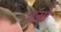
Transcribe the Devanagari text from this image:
अॅग्रो